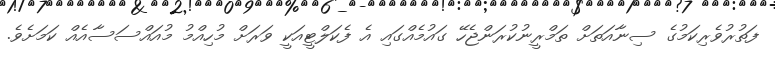
ފަތުރުވެރިކަމުގެ ސިނާއަތަށް ތަމްރީނުކުރަންޖެހޭ ގައުމެއްގައި އެ ފެކަލްޓީއަކީ ވަރަށް މުހިއްމު މުއައްސަސާއެއް ކަމަށެވެ.